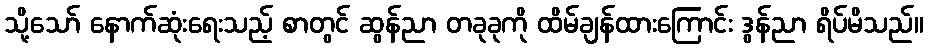
သို့သော် နောက်ဆုံးရေးသည့် စာတွင် ဆွန်ညာ တခုခုကို ထိမ်ချန်ထားကြောင်း ဒွန်ညာ ရိပ်မိသည်။